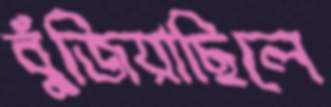
বুঁজিয়াছিলে